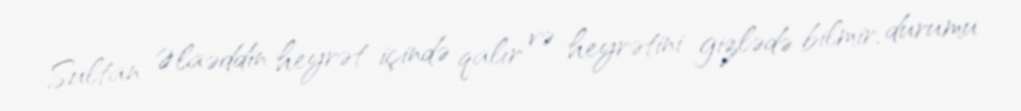
Sultan Əlaəddin heyrət içində qalır və heyrətini gizlədə bilmir, durumu